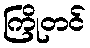
ကြိုတင်